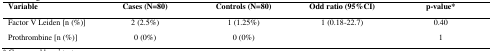
| Variable | Cases (N=80) | Controls (N=80) | Odd ratio (95%CI) | p-value* |
 | --- | --- | --- | --- | --- |
 | Factor V Leiden [n (%)] | 2 (2.5%) | 1 (1.25%) | 1 (0.18-22.7) | 0.40 |
 | Prothrombine [n (%)] | 0 (0%) | 0 (0%) |  | 1 |